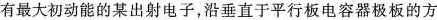
有最大初动能的某出射电子，沿垂直于平行板电容器极板的方